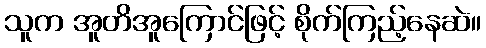
သူက အူတိအူကြောင်ဖြင့် စိုက်ကြည့်နေဆဲ။